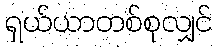
ရှယ်ယာတစ်စုလျှင်